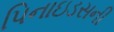
પિનાઇડસની